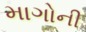
માગોની